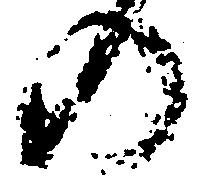
の